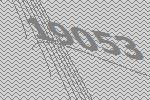
19053